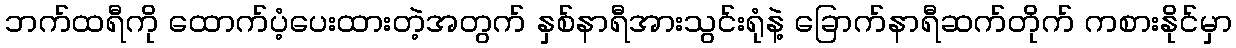
ဘက်ထရီကို ထောက်ပံ့ပေးထားတဲ့အတွက် နှစ်နာရီအားသွင်းရုံနဲ့ ခြောက်နာရီဆက်တိုက် ကစားနိုင်မှာ